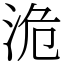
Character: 洈